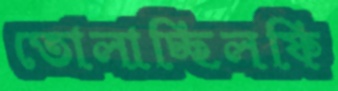
তোলাচ্ছিলফি